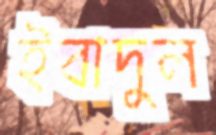
ইবাদুল